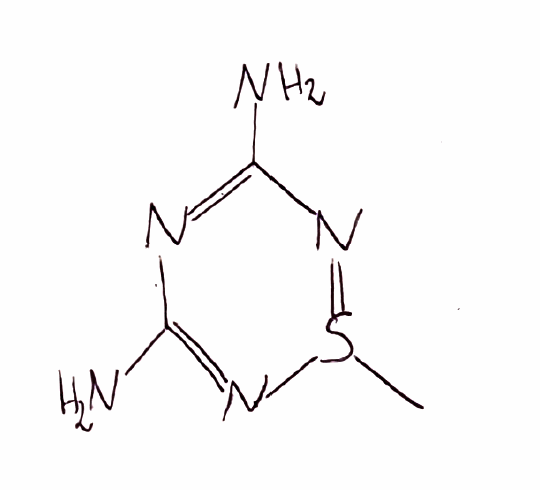
Simplified molecular-input line-entry system (SMILES) notation of the given molecule:
CS1=NC(=NC(=N1)N)N